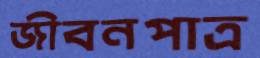
জীবনপাত্র